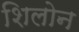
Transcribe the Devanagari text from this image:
शिलोन